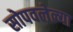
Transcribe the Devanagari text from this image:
सोपवलेल्या